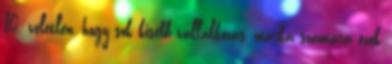
10. véletlen, hogy sok kisebb vállalkozás, márka számára ezek